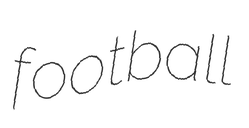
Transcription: football